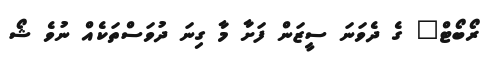
ރޯބޯޓް" ގެ ދެވަނަ ސީޒަން ފަށާ މާ ގިނަ ދުވަސްތަކެއް ނުވެ ޝޯ